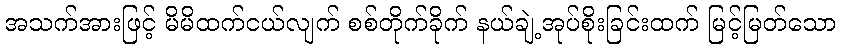
အသက်အားဖြင့် မိမိထက်ငယ်လျက် စစ်တိုက်ခိုက် နယ်ချဲ့အုပ်စိုးခြင်းထက် မြင့်မြတ်သော